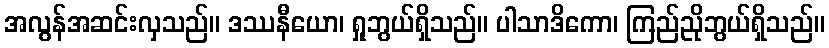
အလွန်အဆင်းလှသည်။ ဒဿနီယော၊ ရှုဘွယ်ရှိသည်။ ပါသာဒိကော၊ ကြည်ညိုဘွယ်ရှိသည်။